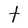
Character: t